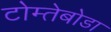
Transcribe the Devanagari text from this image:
टोम्तेबोडा